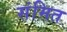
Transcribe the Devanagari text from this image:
संमित